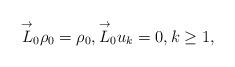
LaTeX: \begin{gather*}\overset{\rightarrow}{L}_0\rho_0=\rho_0,\overset{\rightarrow}{L}_0 u_k=0,k\ge1,\end{gather*}